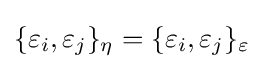
{\textstyle \{\varepsilon _{i},\varepsilon _{j}\}_{\eta }=\{\varepsilon _{i},\varepsilon _{j}\}_{\varepsilon }}